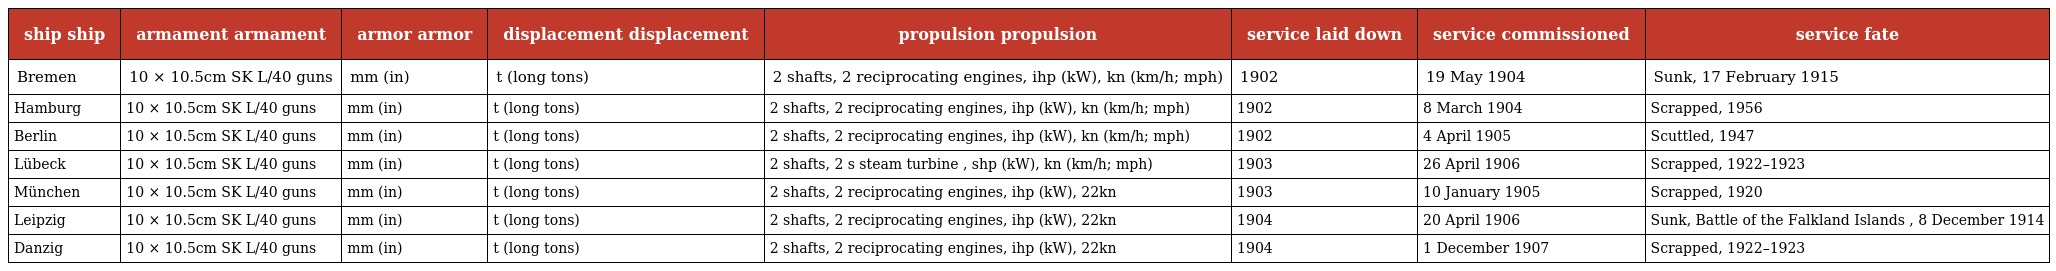
| ship ship | armament armament | armor armor | displacement displacement | propulsion propulsion | service laid down | service commissioned | service fate |
 | --- | --- | --- | --- | --- | --- | --- | --- |
 | Bremen | 10 × 10.5cm SK L/40 guns | mm (in) | t (long tons) | 2 shafts, 2 reciprocating engines, ihp (kW), kn (km/h; mph) | 1902 | 19 May 1904 | Sunk, 17 February 1915 |
 | Hamburg | 10 × 10.5cm SK L/40 guns | mm (in) | t (long tons) | 2 shafts, 2 reciprocating engines, ihp (kW), kn (km/h; mph) | 1902 | 8 March 1904 | Scrapped, 1956 |
 | Berlin | 10 × 10.5cm SK L/40 guns | mm (in) | t (long tons) | 2 shafts, 2 reciprocating engines, ihp (kW), kn (km/h; mph) | 1902 | 4 April 1905 | Scuttled, 1947 |
 | Lübeck | 10 × 10.5cm SK L/40 guns | mm (in) | t (long tons) | 2 shafts, 2 s steam turbine , shp (kW), kn (km/h; mph) | 1903 | 26 April 1906 | Scrapped, 1922–1923 |
 | München | 10 × 10.5cm SK L/40 guns | mm (in) | t (long tons) | 2 shafts, 2 reciprocating engines, ihp (kW), 22kn | 1903 | 10 January 1905 | Scrapped, 1920 |
 | Leipzig | 10 × 10.5cm SK L/40 guns | mm (in) | t (long tons) | 2 shafts, 2 reciprocating engines, ihp (kW), 22kn | 1904 | 20 April 1906 | Sunk, Battle of the Falkland Islands , 8 December 1914 |
 | Danzig | 10 × 10.5cm SK L/40 guns | mm (in) | t (long tons) | 2 shafts, 2 reciprocating engines, ihp (kW), 22kn | 1904 | 1 December 1907 | Scrapped, 1922–1923 |